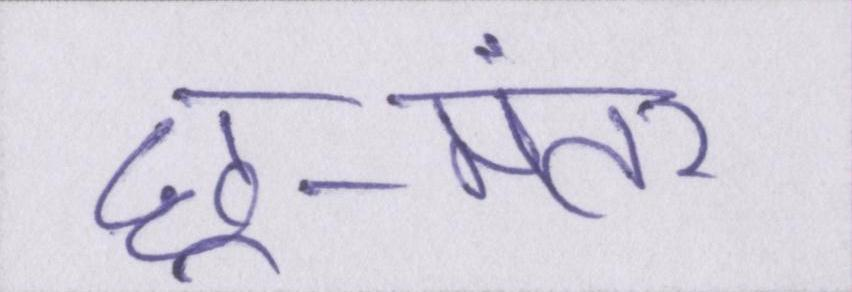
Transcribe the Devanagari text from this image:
छू-मंतर